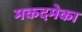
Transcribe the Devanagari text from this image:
मकदमेका